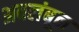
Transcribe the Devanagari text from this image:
अबलंबून